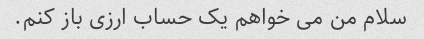
سلام من می خواهم یک حساب ارزی باز کنم.